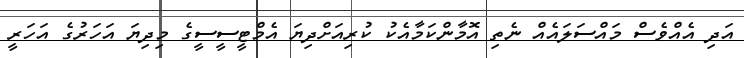
އަދި އެއްވެސް މައްސަލައެއް ނެތި އޮމާންކަމާއެކު ކުރިއަށްދިޔަ އެމްޓީސީސީގެ މިދިޔަ އަހަރުގެ އަހަރީ